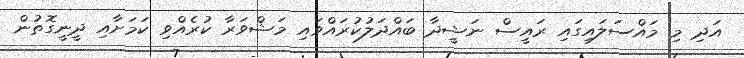
އަދި މި މައްސަލައިގައި ރައީސް ނަޝީދާ ބައްދަލުކުރައްވައި މަޝްވަރާ ކުރެއްވި ކަމަށާއި ދީނީގޮތުން